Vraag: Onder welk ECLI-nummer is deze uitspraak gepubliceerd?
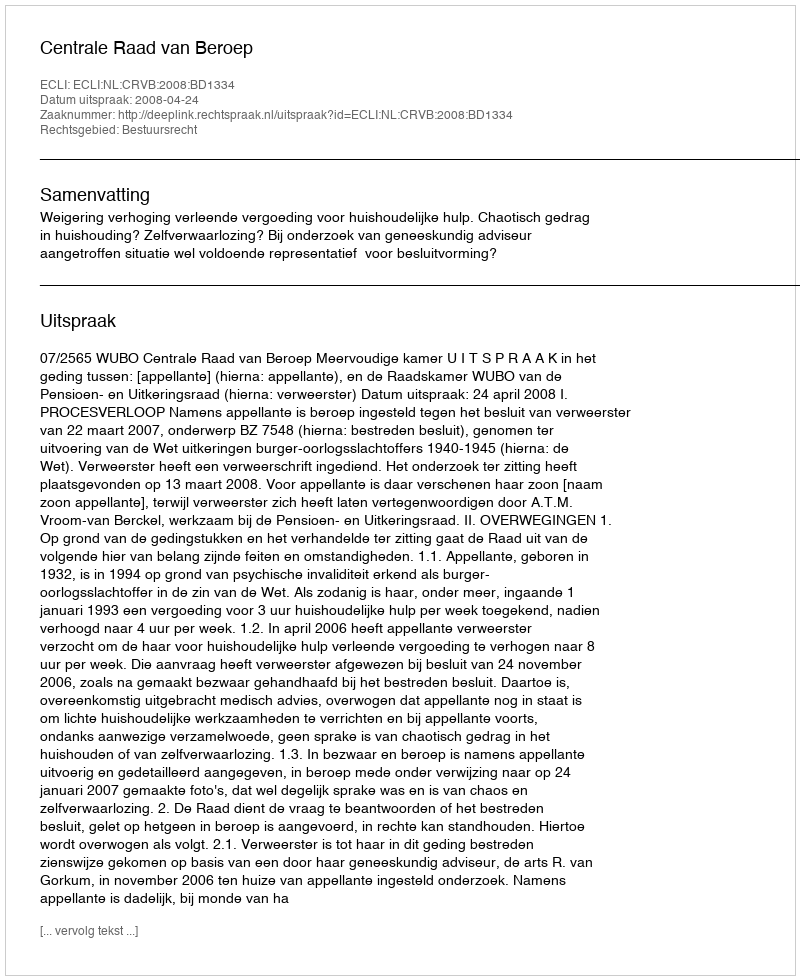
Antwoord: ECLI:NL:CRVB:2008:BD1334